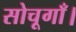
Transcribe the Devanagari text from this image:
सोचूगाँ।